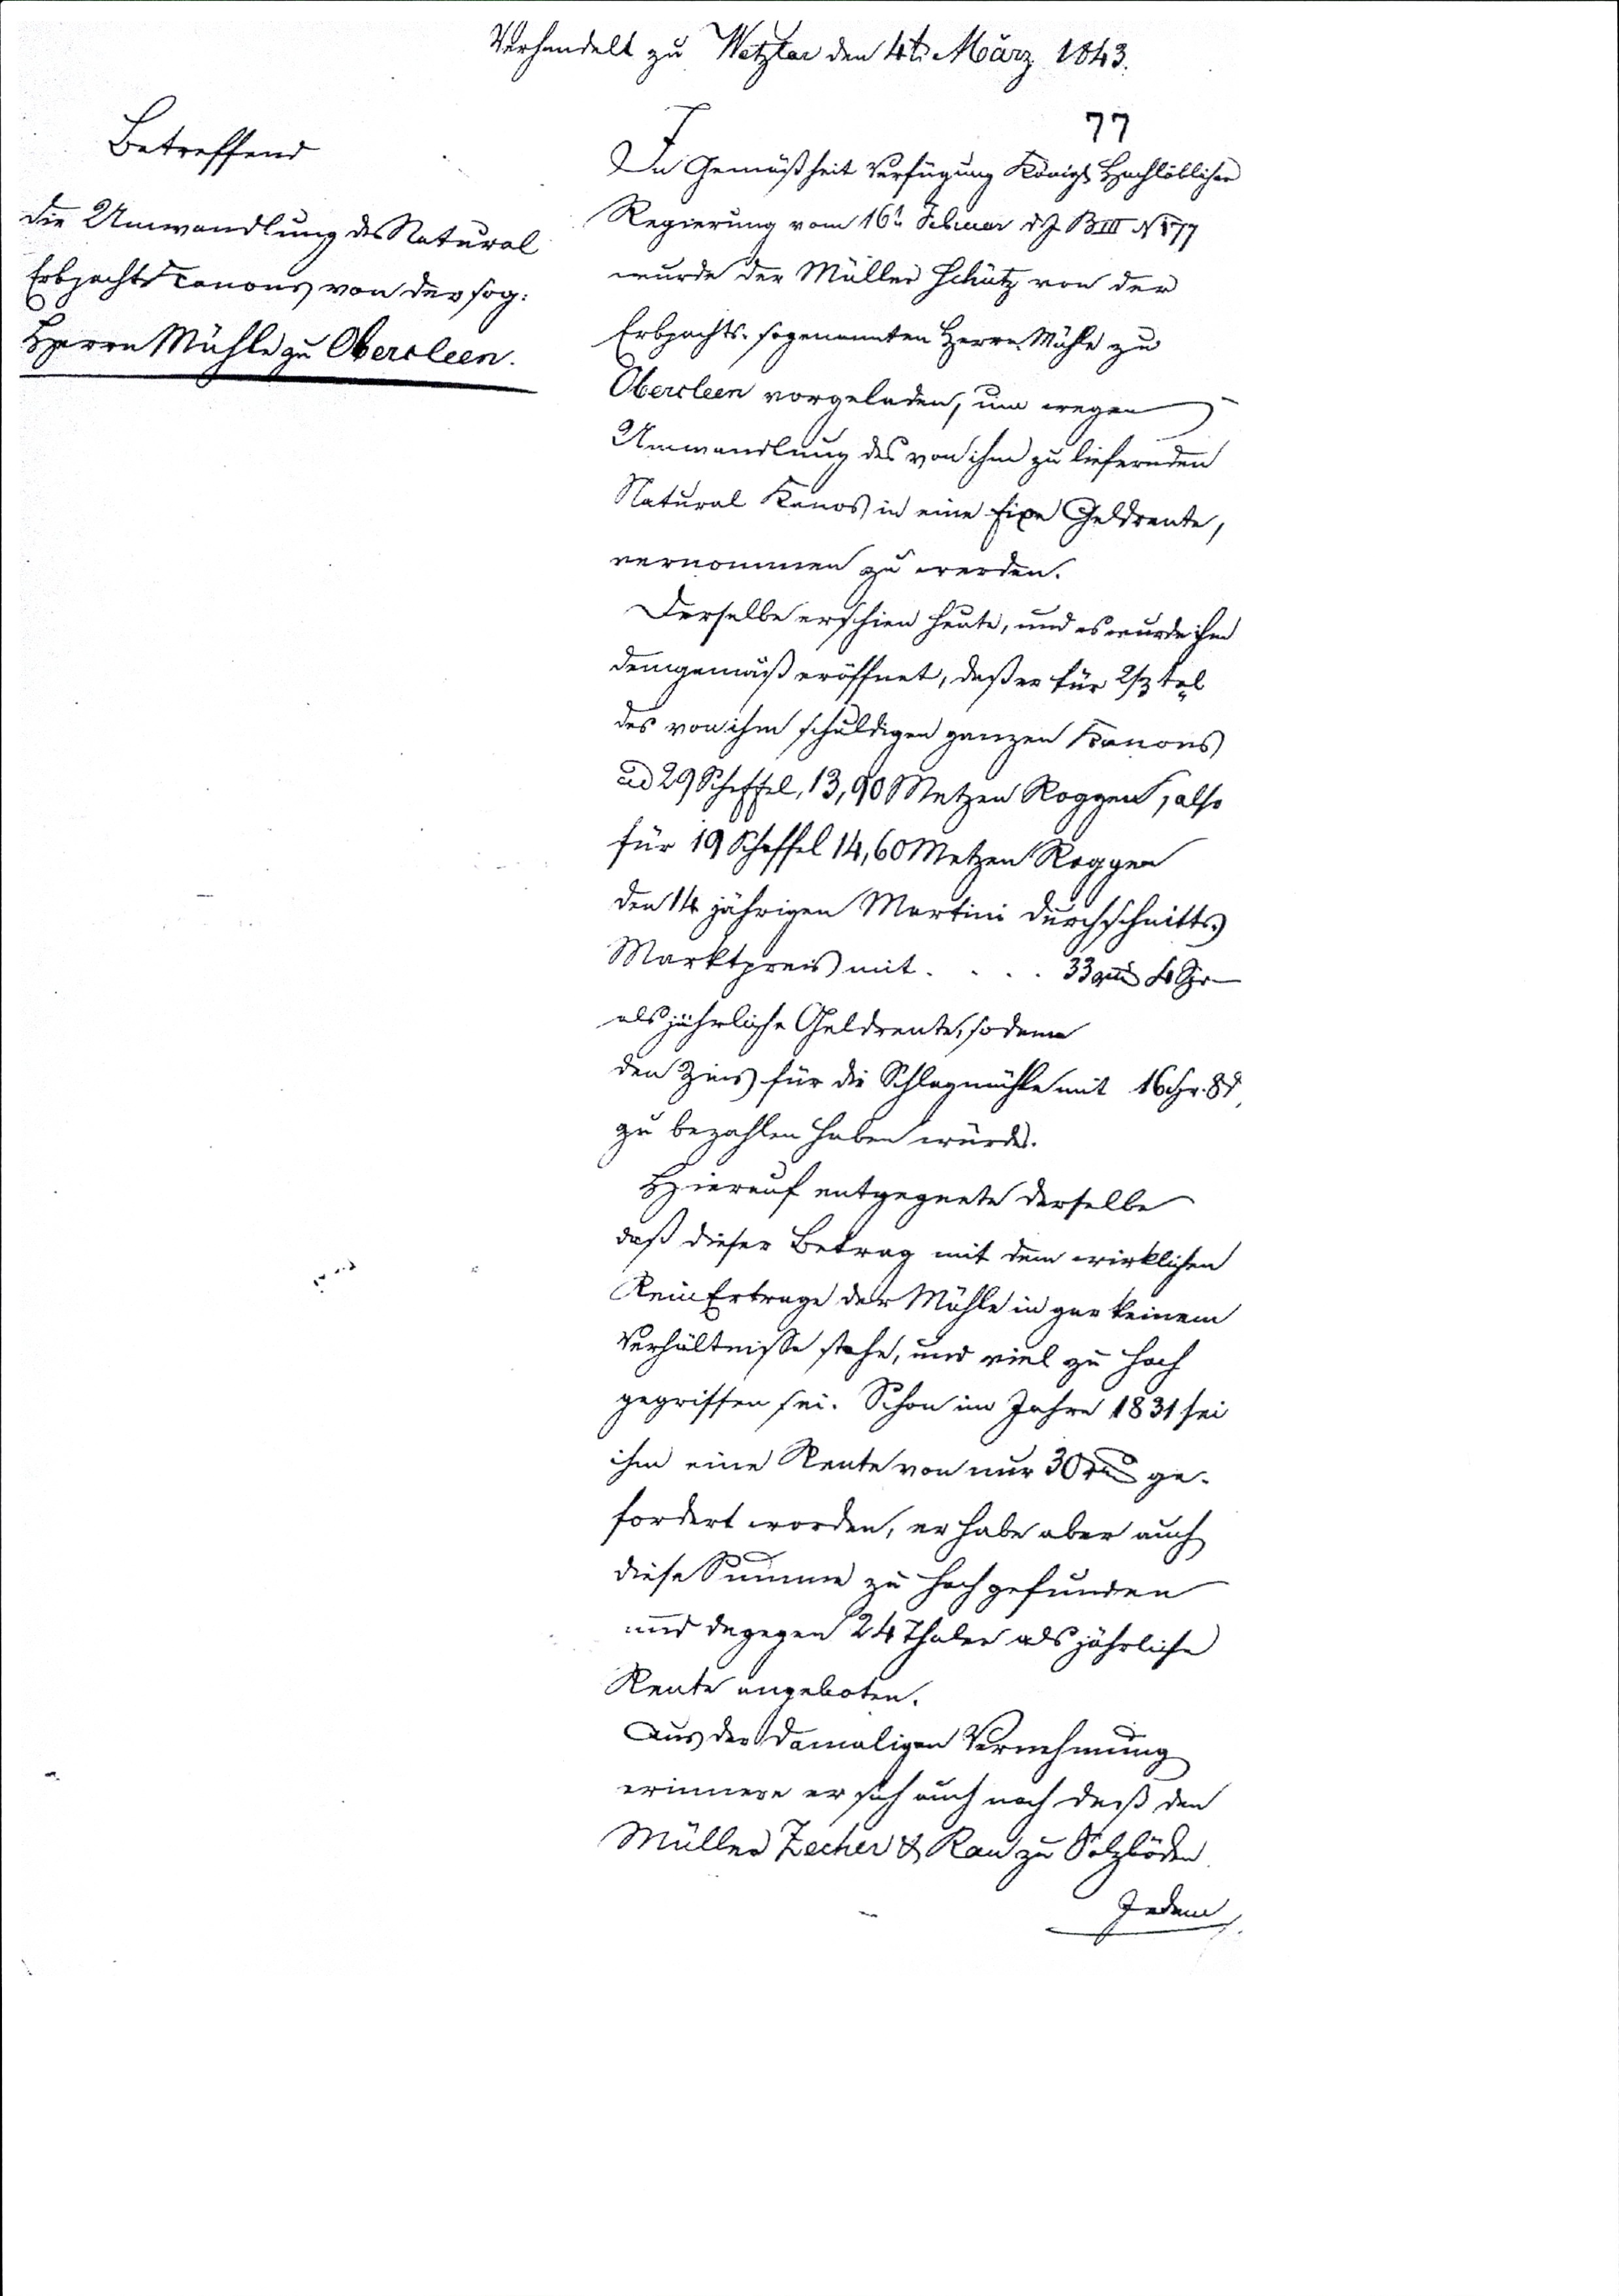
77
Verhandelt zu Wetzlar den 4t. März 1843
Betreffend
Die Umwandlung des Natural
Erbpachtscanons von der sog:
HerrnMühle zu Obercleen
In Gemäßheit Verfügung Königl Hochlöblicher
Regierung vom 16 t Februar dz B III N 177
wurde der Müller Schütz von der
Erbpachts. sogenannter HerrnMühle zu
Obercleen vorgeladen, um wegen
Umwandlung des von ihm zu liefernden
Natural Kanos in eine Eigen Geldrente,
vernommen zu werden.
Derselbe erschien heute, und es wurde ihm
demgemäß eröffnet, daß er für  ⅔tel
des von ihm schuldigen ganzen Kanons
ad 29 Scheffel, 13,90 Metzen Roggen, also
für 19 Scheffel 14,60 Metzten Roggen
den 14 jährigen Martini durchschnitts
Marktpreis mit  .   .   .   .   33 rthl 4 Sgr—
als jährliche Geldrente, sodann
den Zins für die Schlagmühle mit 16 Sgr 8 d
zu bezahlen haben würde.
Hierauf entgegnete derselbe
daß dieser Betrag mit dem wirklichen
Rein Ertrage der Mühle in gar keinem
Verhältnisse stehe, und viel zu hoch
gegriffen sei. Schon im Jahr 1831 sei
ihm eine Rente von nur 30 rthl ge¬
fordert worden, er habe haber auch
diese Summe zu hoch gefunden.
und dagegen 24 Thaler als jährliche
Rente angeboten.
Aus der damaligen Vernehmung
erinnere er sich auch noch daß dem
Müller Zecher u. Rau zu Salzböden
Jeden